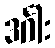
ဒင်္ဂါး